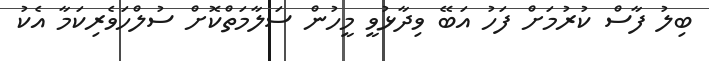
ބިލު ފާސް ކުރުމަށް ފަހު އަބޭ ވިދާޅުވީ މީހުން ސަލާމަތްކޮށް ސުލްހަވެރިކަމާ އެކު